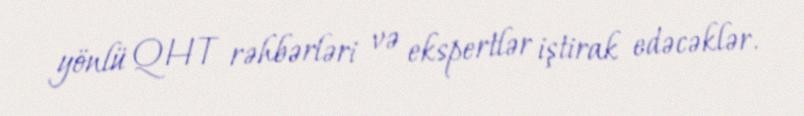
yönlü QHT rəhbərləri və ekspertlər iştirak edəcəklər.